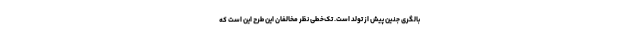
بالگری جنین پیش از تولد است. تک‌خطی نظر مخالفان این طرح این است که